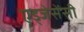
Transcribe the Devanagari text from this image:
एड्जेसेंसी